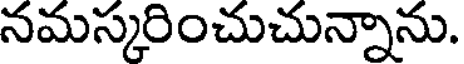
నమస్కరించుచున్నాను.